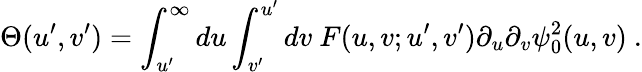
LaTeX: \Theta(u^{\prime},v^{\prime})=\int_{u^{\prime}}^{\infty}du\int_{v^{\prime}}^{u^{\prime}}dv~F(u,v;u^{\prime},v^{\prime})\partial_{u}\partial_{v}\psi_{0}^{2}(u,v)\ .